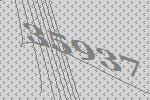
35937